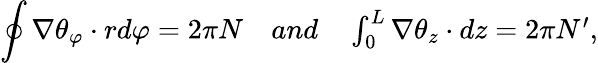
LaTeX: \oint\nabla\theta_{\varphi}\cdot rd\varphi=2\pi N\quad\textstyle{and}\quad\int_{0}^{L}\nabla\theta_{z}\cdot dz=2\pi N^{\prime},